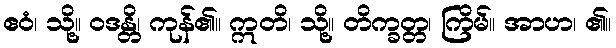
ဧဝံ၊ သို့။ ဝဒန္တိ၊ ကုန်၏။ ဣတိ၊ သို့။ တိက္ခတ္တ၊ ကြိမ်။ အာဟ၊ ၏။